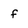
Character: f